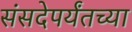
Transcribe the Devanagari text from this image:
संसदेपर्यंतच्या